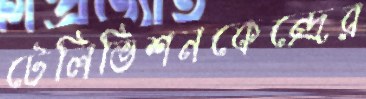
টেলিভিশনকেন্দ্রের